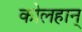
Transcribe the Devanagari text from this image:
कोलहान्